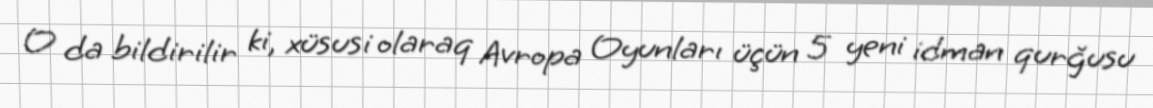
O da bildirilir ki, xüsusi olaraq Avropa Oyunları üçün 5 yeni idman qurğusu